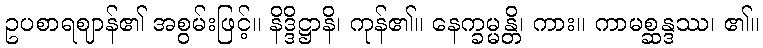
ဥပစာရဈာန်၏ အစွမ်းဖြင့်။ နိဒ္ဒိဋ္ဌာနိ၊ ကုန်၏။ နေက္ခမ္မန္တိ၊ ကား။ ကာမစ္ဆန္ဒဿ၊ ၏။